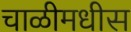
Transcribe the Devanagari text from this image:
चाळीमधीस